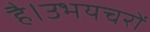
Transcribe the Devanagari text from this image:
है।उभयचरों